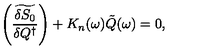
\left( \widetilde { \frac { \delta S _ { 0 } } { \delta Q ^ { \dagger } } } \right) + K _ { n } ( \omega ) \tilde { Q } ( \omega ) = 0 ,